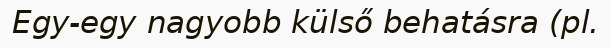
Egy-egy nagyobb külső behatásra (pl.